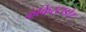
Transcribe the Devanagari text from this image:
कंकिस्टाडोर